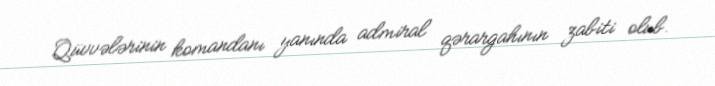
Qüvvələrinin komandanı yanında admiral qərargahının zabiti olub.